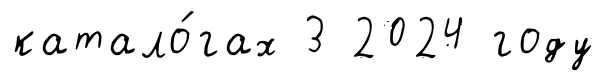
катало́гах 3 2024 году